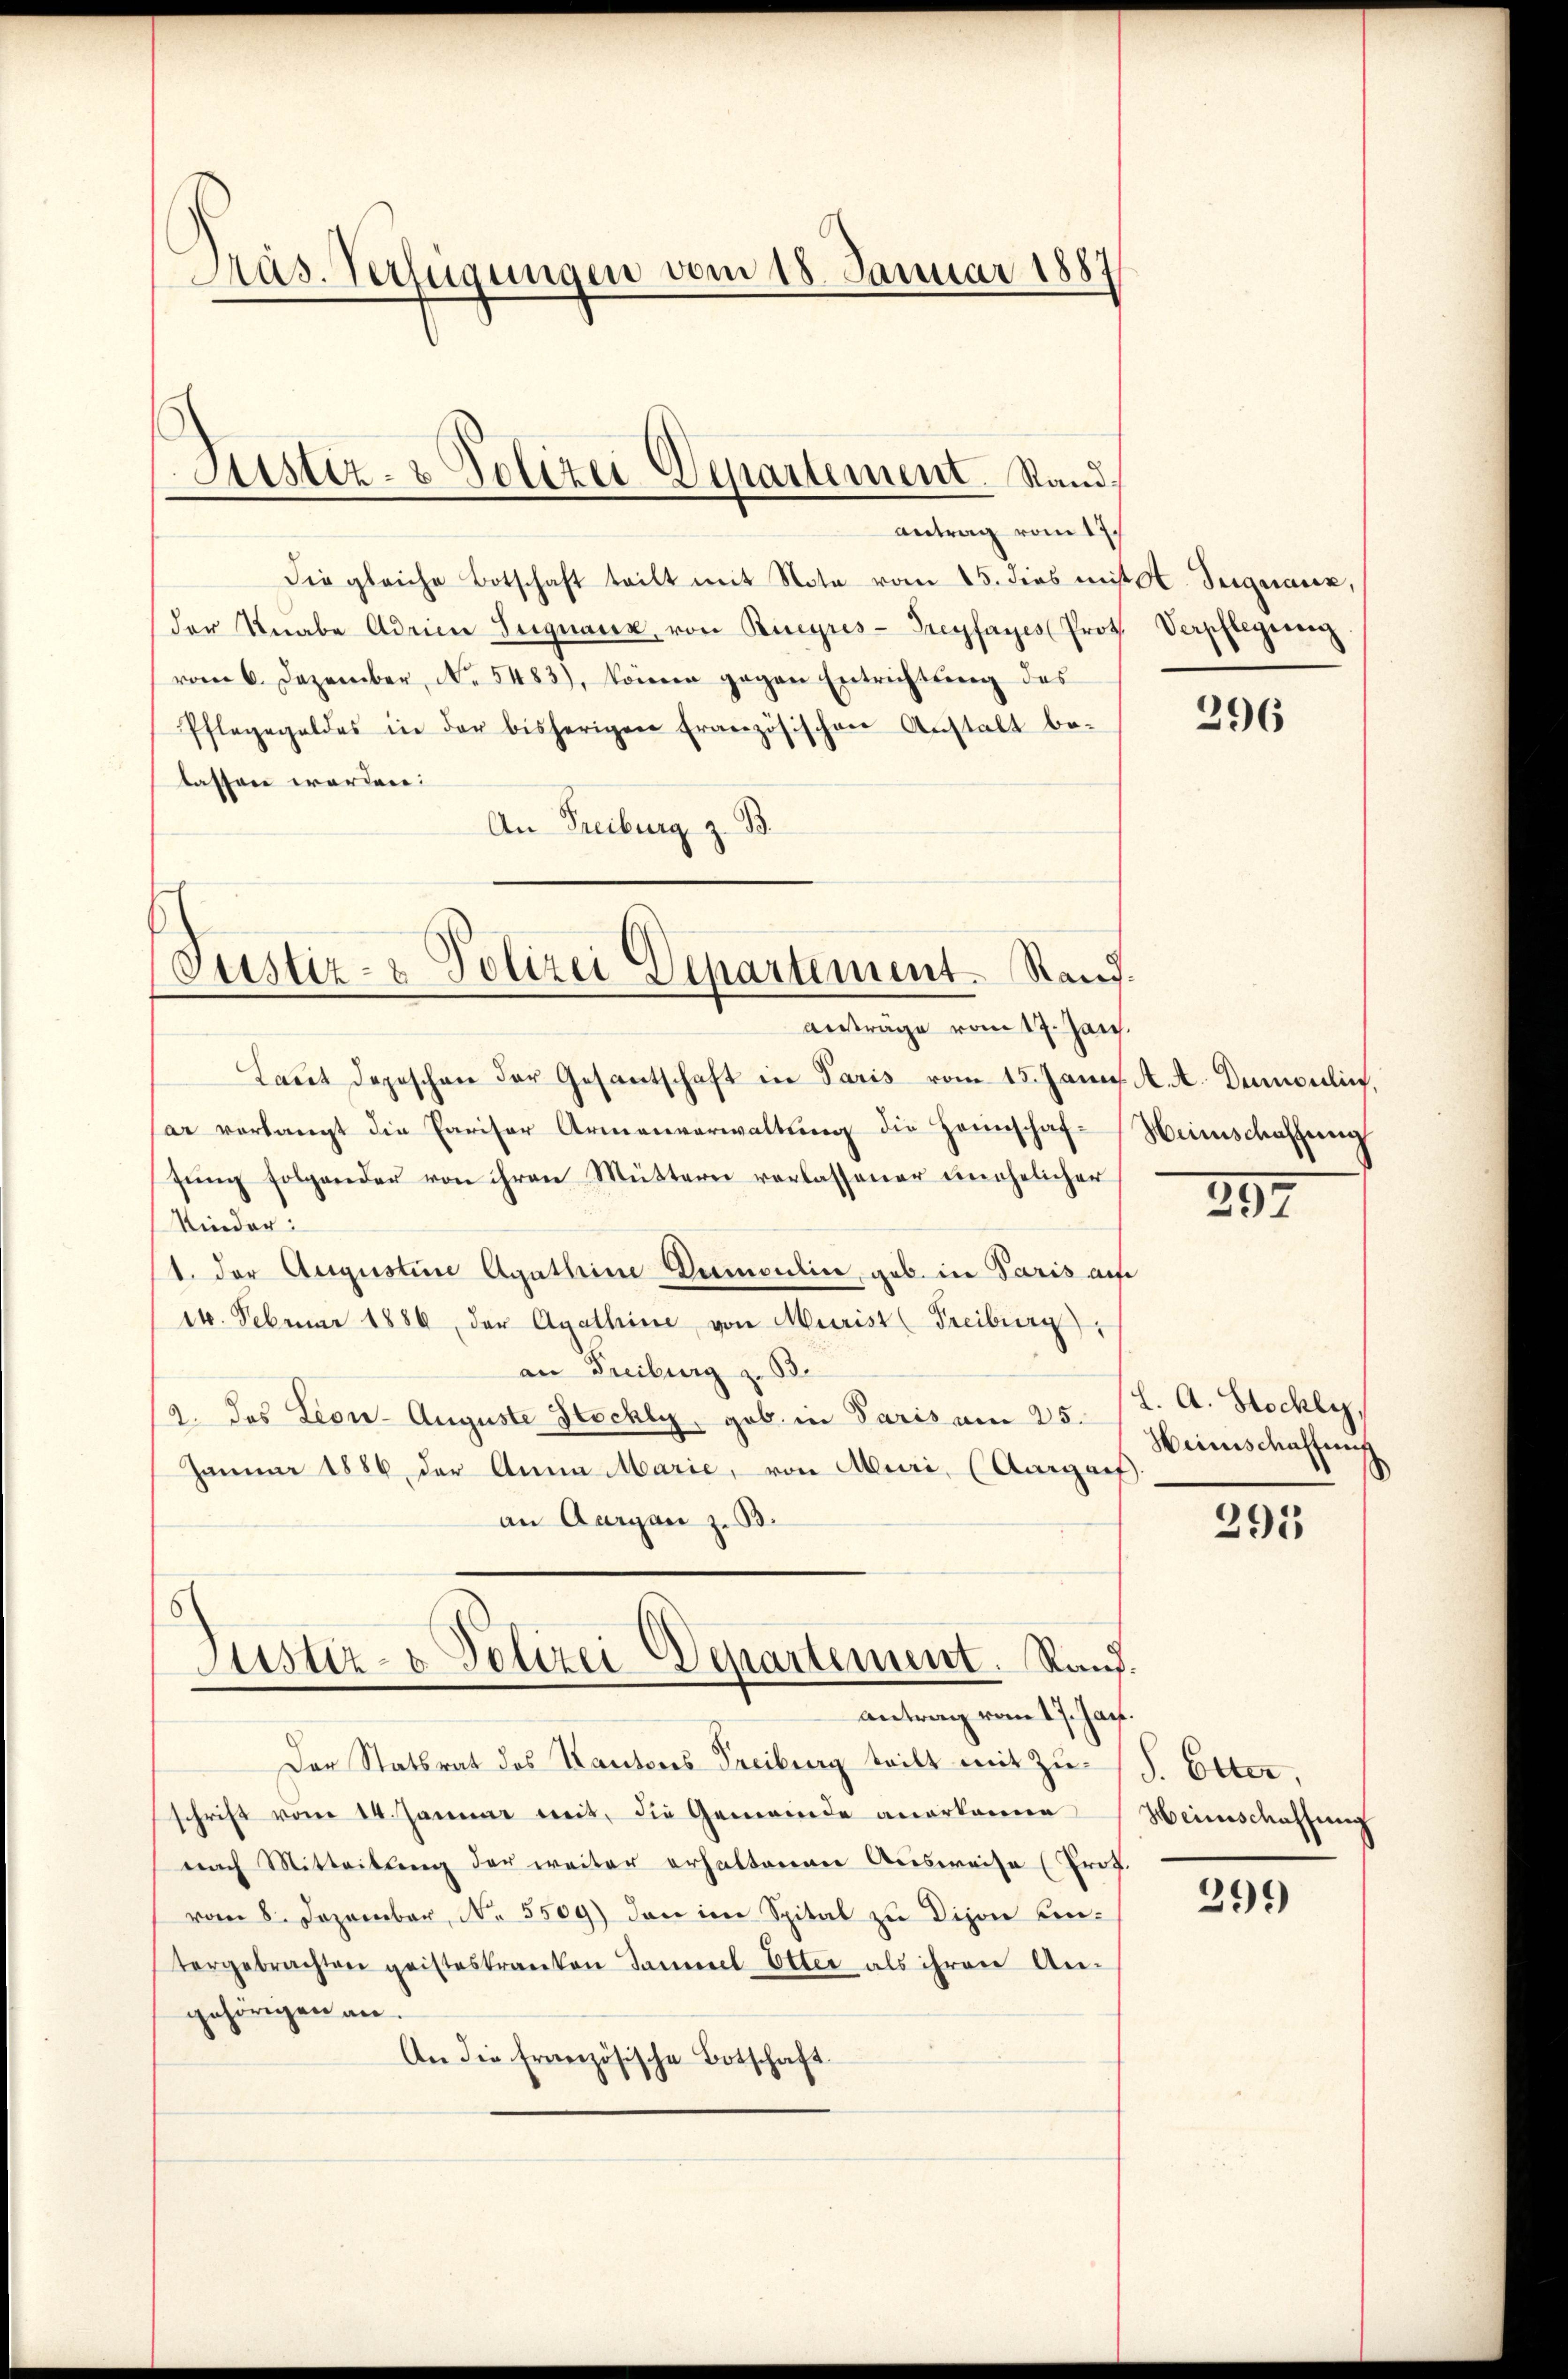
Pras. Verfügungen vom 18. Januar 1887

Justiz- & Polizei Departement. Stand

Die gleiche Botschaft teilt mit Note vom 15. dies mit A. Seiguranz,
der Knabe Adrien Signaux, von Ricyres- Freyfayes Prot. Verpflegerenz
vom 6. Dezember, No. 5483), können gegen Entrichtŭng des
Pflegegeldes in der bisherigen Französischen Anstalt be-
lassen worden:
An Freiburg z. B.

Justiz- & Polizei Departement. Rand.
antrage vom 17. Jan.

Laut depeschen der Gesantschaft in Paris vom 15. Jann. A. A. Demoulin,
ar vorlangt die Pariser Armenverwaltung die Heimschafgŭng folgender von ihren Müttern verlassener unehelicher
Kinder.
1. der Augustine Agathine Dumontine, geb. in Paris auf
14. Februar 1886, der Agathine von Murist (Freiburg,
an Freiburg z. B.
2. das Leon- Auguste Hochly, geb. in Paris am 25.
Jammer 1886 der Anna Marie, von Muri, (Aargauf.
an Aargau z. B.
Justiz- & Polizei Departement. Rand.
antrag vom 17. Jan.
Der Statsrat des Kantons Freiburg teilt mit zu (S. Etter,
schrift vom 14. Januar mit, die Gemeinde anerkanne Heimschaffung
nach Mitteilung der weiter erhaltenen Ausweise (Prof.
vom 8. Dezember, No. 5509) den im Spital zu Dijon Eintergebrachten geisteskranken Sammel Etter als ihren An-
gehörigen an.
An die französische Botschaft.

antrag vom 17.

296

Heimschaffung

297

l. A. Stockly,
Heimschaffung

295

299)